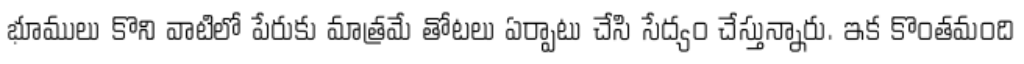
భూములు కొని వాటిలో పేరుకు మాత్రమే తోటలు ఏర్పాటు చేసి సేద్యం చేస్తున్నారు. ఇక కొంతమంది